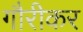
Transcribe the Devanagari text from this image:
गौरीकर